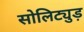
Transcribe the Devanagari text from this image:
सोलिट्युड़